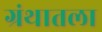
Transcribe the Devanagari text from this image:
ग्रंथातला